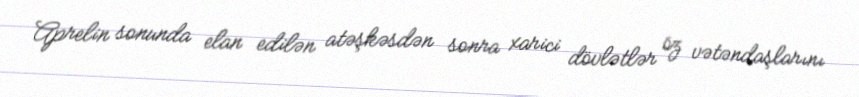
Aprelin sonunda elan edilən atəşkəsdən sonra xarici dövlətlər öz vətəndaşlarını